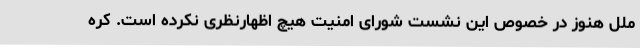
ملل هنوز در خصوص این نشست شورای امنیت هیچ اظهارنظری نکرده است. کره